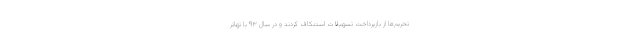
تحریم‌ها از بازپرداخت تسهیلات استنکاف کردند و در سال ۹۳ با تهاتر